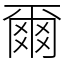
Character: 爾